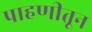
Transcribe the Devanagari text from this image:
पाहणीतून